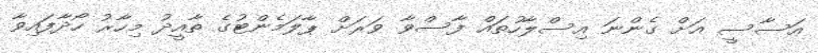
އަސާސީ އަށް ގެންނަ އިސްލާހުތައް ފާސްވާ ވަރަށް ޕާލަމެންޓުގެ ތާއީދު މިހާރު ހޯދާފައިވާ